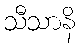
သီသာနိ